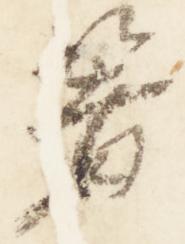
箸